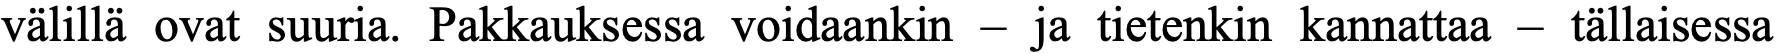
välillä ovat suuria. Pakkauksessa voidaankin – ja tietenkin kannattaa – tällaisessa